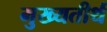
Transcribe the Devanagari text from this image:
मुख्यतीर्थ